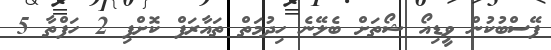
ފޭސްބުކުން ވީޑިއޯ ޝޯތަށް ބެލޭނެ ހިދުމަތް ތައާރަފް ކޮށްފި 2 ހަފްތާ 5